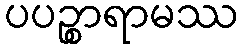
ပပဉ္စာရာမဿ